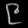
Digit: ၉